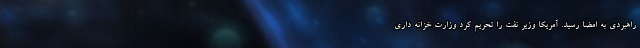
راهبردی به امضا رسید. آمریکا وزیر نفت را تحریم کرد وزارت خزانه داری